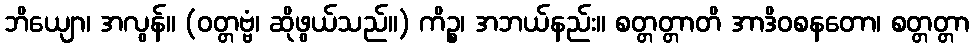
ဘိယျော၊ အလွန်။ (ဝတ္တဗ္ဗံ၊ ဆိုဖွယ်သည်။) ကိဉ္စ၊ အဘယ်နည်း။ စတ္တတ္တာတိ အာဒိဝစနတော၊ စတ္တတ္တာ